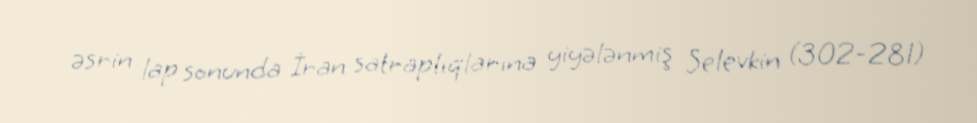
əsrin lap sonunda İran satraplıqlarına yiyələnmiş Selevkin (302-281)